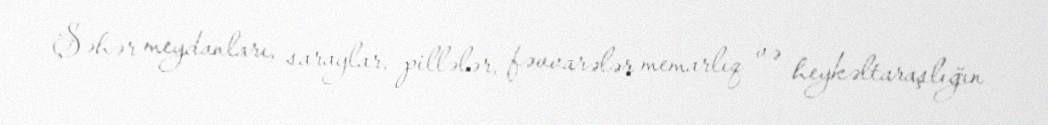
Şəhər meydanları, saraylar, pillələr, fəvvarələr memarlıq və heykəltaraşlığın